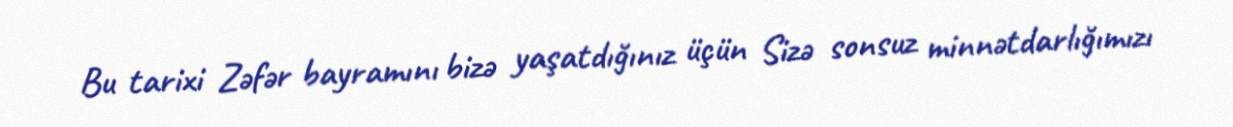
Bu tarixi Zəfər bayramını bizə yaşatdığınız üçün Sizə sonsuz minnətdarlığımızı